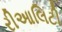
રીઆલિટી